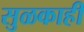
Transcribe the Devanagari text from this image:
सुळकाही